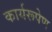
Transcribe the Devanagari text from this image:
कार्यरूपेण